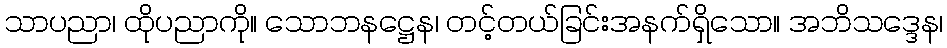
သာပညာ၊ ထိုပညာကို။ သောဘနဋ္ဌေန၊ တင့်တယ်ခြင်းအနက်ရှိသော။ အဘိသဒ္ဒေန၊